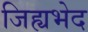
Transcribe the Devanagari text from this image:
जिह्यभेद